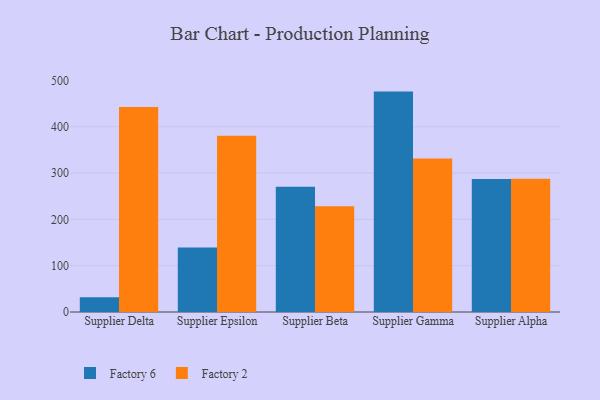
{"axis": {"x": "Supplier", "y": "Temperature (°C)"}, "legend": ["Factory 2", "Factory 6"], "data": [{"x": "Supplier Delta", "y": 32.1, "type": "Factory 6"}, {"x": "Supplier Delta", "y": 442.7, "type": "Factory 2"}, {"x": "Supplier Epsilon", "y": 139.1, "type": "Factory 6"}, {"x": "Supplier Epsilon", "y": 380.3, "type": "Factory 2"}, {"x": "Supplier Beta", "y": 270.5, "type": "Factory 6"}, {"x": "Supplier Beta", "y": 228.1, "type": "Factory 2"}, {"x": "Supplier Gamma", "y": 475.9, "type": "Factory 6"}, {"x": "Supplier Gamma", "y": 331.3, "type": "Factory 2"}, {"x": "Supplier Alpha", "y": 287.4, "type": "Factory 6"}, {"x": "Supplier Alpha", "y": 287.6, "type": "Factory 2"}]}